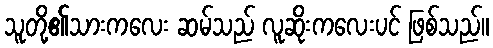
သူတို့၏သားကလေး ဆမ်သည် လူဆိုးကလေးပင် ဖြစ်သည်။